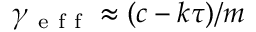
\gamma _ { \mathrm { ~ e ~ f ~ f ~ } } \approx ( c - k \tau ) / m